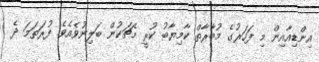
އިންޑިއާއިން މި ފަހަރުގެ މުބާރާތް ކާމިޔާބު ކުރީ މެޗަކުން ބަލިނުވެއެވެ. ފުރަތަމަ ދެ